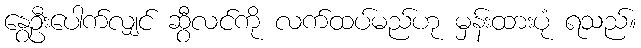
နွေဦးပေါက်လျှင် ဆွီလင်ကို လက်ထပ်မည်ဟု မှန်းထားပုံ ရသည်။